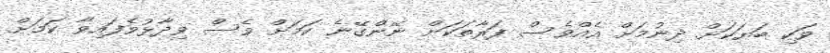
ވަކި ބަޔަކަށް ދިނުމަށް އެއްވެސް ފަރާތަކަށް ނޭންގޭނެ ކަމަށް ވެސް ވިދާޅުވެފައިވާ ކަަމަށް